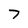
Character: 7